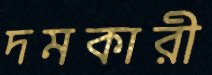
দমকারী